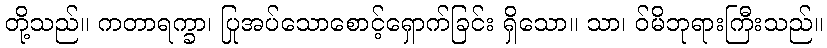
တို့သည်။ ကတာရက္ခာ၊ ပြုအပ်သောစောင့်ရှောက်ခြင်း ရှိသော။ သာ၊ ဝ်မိဘုရားကြီးသည်။